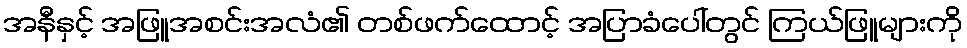
အနီနှင့် အဖြူအစင်းအလံ၏ တစ်ဖက်ထောင့် အပြာခံပေါ်တွင် ကြယ်ဖြူများကို